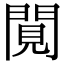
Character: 𨴼